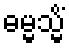
ဓမ္မသ္မိံ